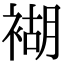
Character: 𧛞